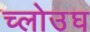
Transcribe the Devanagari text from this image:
च्लोउघ